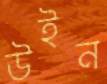
উইন